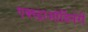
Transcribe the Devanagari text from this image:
एक्स्ट्राऑर्डिनेरी